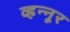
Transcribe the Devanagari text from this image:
व्हन्‍नूर